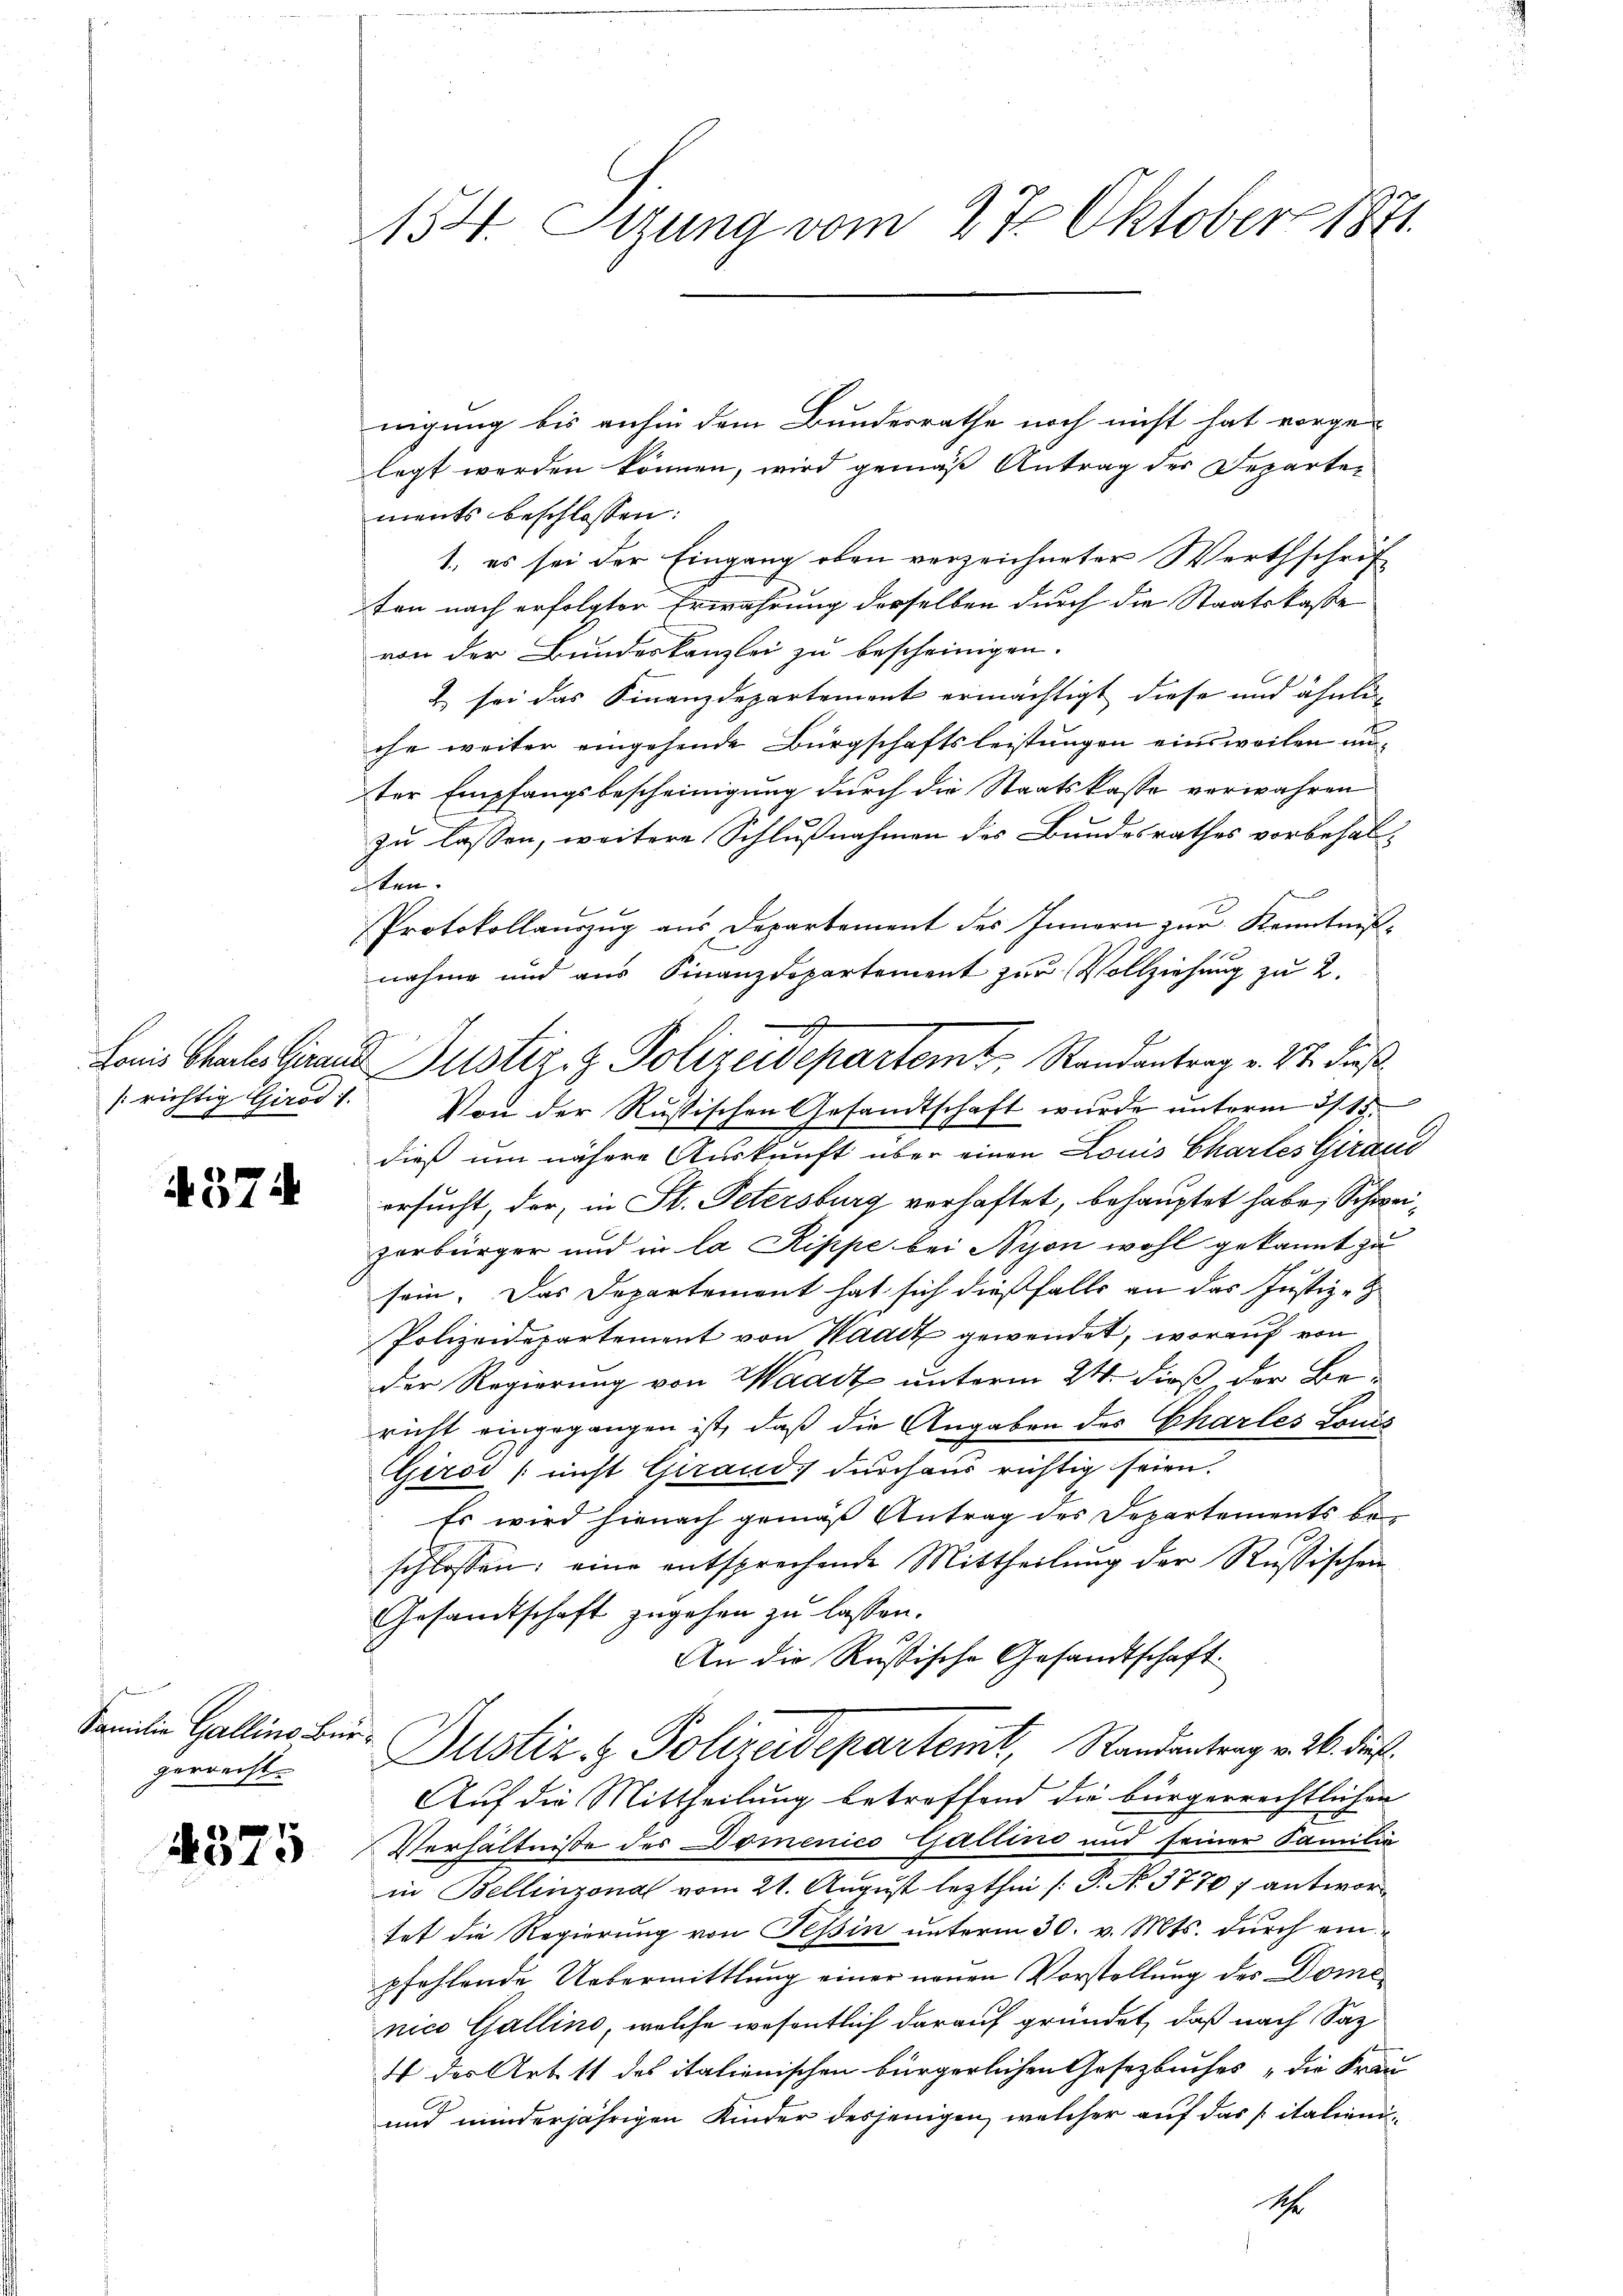
richtig Girod 1.

374

Familie Gallins Bürgerrecht.

4375

154. Setzung vom 27. Oktober 1871.

nigung bis anhin dem Bundesrathe noch nicht hat vorge-
legt werden können, wird gemäß Antrag der Departements beschlossen:
1., es sei der Eingang oben verzeichneter Werthschrif
ten nach erfolgter Erwährung derselben durch die Staatskasse
von der Bundeskanzlei zu bescheinigen.
& sei das Finanzdepartement ermächtigt diese und ähnliche weiter eingehende Bürgschaftsleistungen einsweilen unter Empfangsbescheinigung durch die Staatskasse verwahren
zu lassen, weitere Schlußnahmen des Bundesrathes vorbehal-
Iten.
Protokollauszug aus Departement des Innern zur Kenntnißnahme und aus Finanzdepartement zur Vollziehung zu 2.
Von der Rustischen Gesandtschaft wurde unterm 31. 15.
dieß um nähere Auskunft über einen Louis Chartes Geraus
ersucht, der, in St. Petersburg verhaftet, behauptet habe, Schweizerbürger und in la Rippe bei Nyon wohl gekannt zu
sein. Das Departement hat sich dießfalls an das Justiz-
Polizeidepartement von Waadt gewendet, worauf von
der Regierung von Waadt unterm 24. dieß der Be
richt eingegangen ist, daß die Angaben des Charles Louis
Giro (nicht Girands durchaus richtig seien.
Es wird hienach gemäß Antrag des Departements be-
schlossen; eine entsprechende Mittheilung der Russischen
Gesandtschaft zugehen zu lassen.
An die Russische Gesandtschaft
Dustiz- & Polizeidepartemt, Standentrag v. M. D.
Auf die Mittheilung betreffend die bürgerrechtlichen
2
Verhältnisse des Domenico Gallino und seiner Familie
in Bellinzona vom 21. August lezthei [P. No. 3770 f antwortet die Regierung von Tessin unterm 30. v. Mts. durch einpfehlende Uebermittlung einer neuen Vorstellung des Domi
nico Gallino, welche wesentlich darauf gründet, daß nach Saz
dt des Arbeit des italienischen bürgerlichen Gesetzbuches die Frau
und minderjährigen Kinder desjenigen, welcher auf das italieni¬
S

Lamis Chales Grand Justiz- & Polizeidepartem Randantrag v. 22. Fuß.